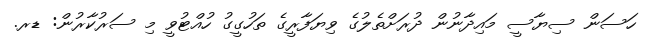
ހަސަން ސިޔާސީ މައިދާނުން ދުރަށްތެލުގެ ވިޔަފާރީގެ ތަހުގީގު ހުއްޓުވީ މި ސަރުކާރުން: ޑރ.